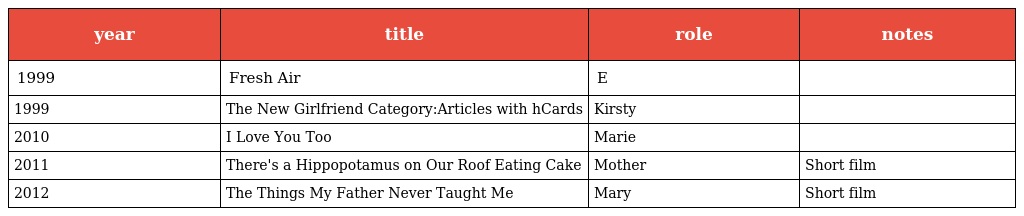
| year | title | role | notes |
 | --- | --- | --- | --- |
 | 1999 | Fresh Air | E |  |
 | 1999 | The New Girlfriend Category:Articles with hCards | Kirsty |  |
 | 2010 | I Love You Too | Marie |  |
 | 2011 | There's a Hippopotamus on Our Roof Eating Cake | Mother | Short film |
 | 2012 | The Things My Father Never Taught Me | Mary | Short film |